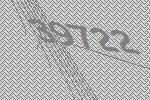
39722